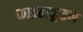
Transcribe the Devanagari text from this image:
काझ्हाकूतम